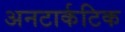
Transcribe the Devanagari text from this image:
अनटार्कटिक